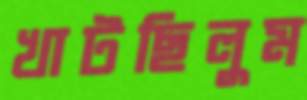
খাটছিলুম